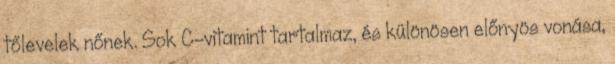
tőlevelek nőnek. Sok C-vitamint tartalmaz, és különösen előnyös vonása,